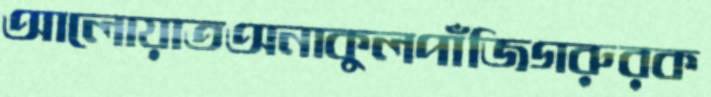
আলোয়াতঅনাকুলপাঁজিগরুরক